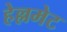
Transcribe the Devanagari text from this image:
हेल्लमेट